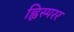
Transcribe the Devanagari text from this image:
ह्विस्परर